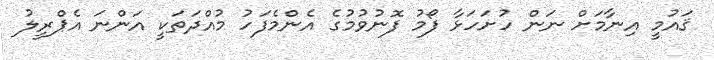
ޤައުމީ އިނާމަށް ނަން ހުށަހަޅާ ފޯމު ފޮނުވުމުގެ އެންމެފަހު މުއްދަތަކީ އަންނަ އެޕްރީލު